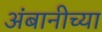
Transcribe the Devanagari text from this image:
अंबानीच्या